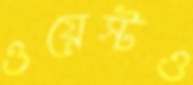
ওয়েস্টও